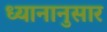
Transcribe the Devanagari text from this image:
ध्यानानुसार